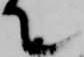
て